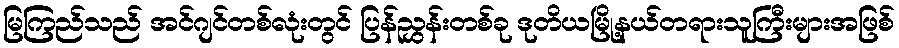
မြကြည်သည် အင်ဂျင်တစ်လုံးတွင် ပြန်ညွှန်းတစ်ခု ဒုတိယမြို့နယ်တရားသူကြီးများအဖြစ်